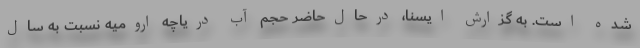
شده است. به گزارش ایسنا، درحال‌حاضر حجم آب دریاچه ارومیه نسبت به سال